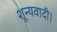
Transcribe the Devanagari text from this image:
शून्यवादी।